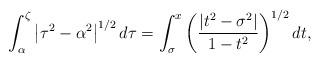
LaTeX: \begin{align*}\int_{\alpha}^{\zeta}{\left\vert {\tau^{2}-\alpha^{2}}\right\vert ^{1/2}d\tau}=\int_{\sigma}^{x}{\left( {\frac{\left\vert {t^{2}-\sigma^{2}}\right\vert}{1-t^{2}}}\right) ^{1/2}dt}, \end{align*}